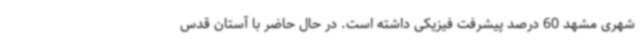
شهری مشهد 60 درصد پیشرفت فیزیکی داشته است. در حال حاضر با آستان قدس